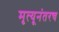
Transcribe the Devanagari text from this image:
मृत्यूनंतरच